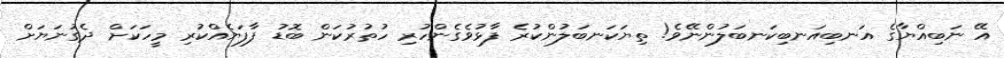
އޭ ނަބިއްޔާގެ އަނބިއަނބިކަނބަލުންނޭވެ! ތިޔަކަނބަލުންކުރެ ފާޅުވެގެންހުރި ހުތުރުކަން ބޮޑު ފާފަޔެއްކުރި މީހަކަށް ދެގުނަޔަށް